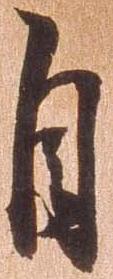
自